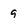
Character: 9